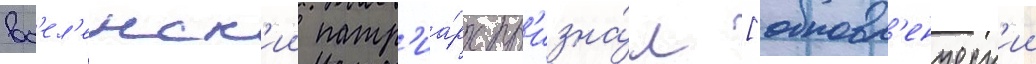
вс'ел'енск'ии патр'иа́рх пр'изна́л [обновл'енческ'ии